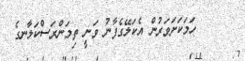
١٣٢     ހަމަކަަށަވަރުން އެކަލޭގެފާނު ވަނީ ތިމަންރަސްކަލާނގެ